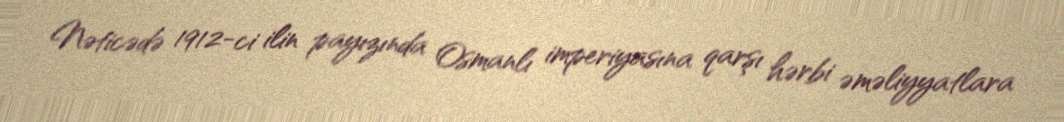
Nəticədə 1912-ci ilin payızında Osmanlı imperiyasına qarşı hərbi əməliyyatlara